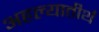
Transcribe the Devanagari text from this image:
अहल्यातीर्थ